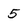
Character: 5